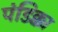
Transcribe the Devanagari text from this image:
पंडिक्का